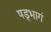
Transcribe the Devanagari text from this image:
षड्भागं